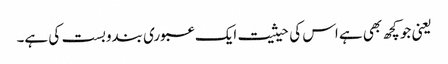
یعنی جو کچھ بھی ہے اس کی حیثیت ایک عبوری بندوبست کی ہے۔